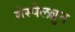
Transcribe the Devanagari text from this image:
मेस्पेलब्रुन